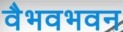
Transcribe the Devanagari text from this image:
वैभवभवन